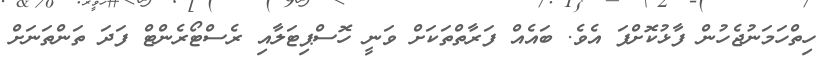
ހިތްހަމަނުޖެހުން ފާޅުކޮށްފަ އެވެ. ބައެއް ފަރާތްތަކަށް ވަނީ ހޮސްޕިޓަލާއި ރެސްޓޯރެންޓް ފަދަ ތަންތަނަށް